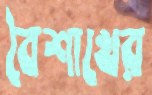
বৈশাখের